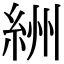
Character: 絒